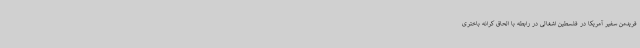
فریدمن سفیر آمریکا در فلسطین اشغالی در رابطه با الحاق کرانه باختری